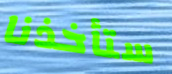
ستأخذنا